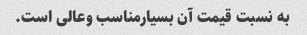
به نسبت قیمت آن بسیارمناسب وعالی است.